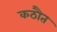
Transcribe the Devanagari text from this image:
कठौत